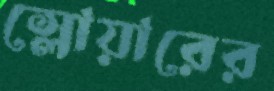
স্লোয়ারের